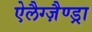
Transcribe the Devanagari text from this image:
ऐलैग्ज़ैण्ड्रा